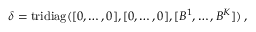
\begin{array} { r } { \boldsymbol { \delta } = \mathrm { t r i d i a g } ( [ 0 , \dots , 0 ] , [ 0 , \dots , 0 ] , [ B ^ { 1 } , \dots , B ^ { K } ] ) \, , } \end{array}